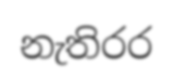
නැතිරර